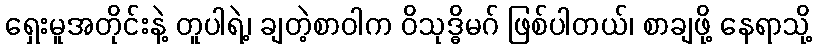
ရှေးမူအတိုင်းနဲ့ တူပါရဲ့၊ ချတဲ့စာဝါက ဝိသုဒ္ဓိမဂ် ဖြစ်ပါတယ်၊ စာချဖို့ နေရာသို့